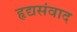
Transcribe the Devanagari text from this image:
हृद्यसंवाद